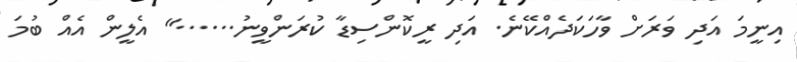
އިނީމަ އަދި ވަރަށް ވާހަކަދެއްކޭނެ. އަދި ރީކޮންސިޑާ ކުރަންވީނު......" އެލީން އެއް ބުމަ